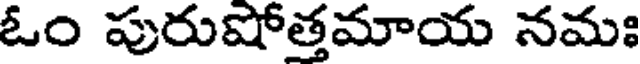
ఓం పురుషోత్తమాయ నమః